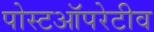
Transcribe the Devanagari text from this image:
पोस्टऑपरेटीव